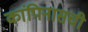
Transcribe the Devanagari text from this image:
कांपिनासची